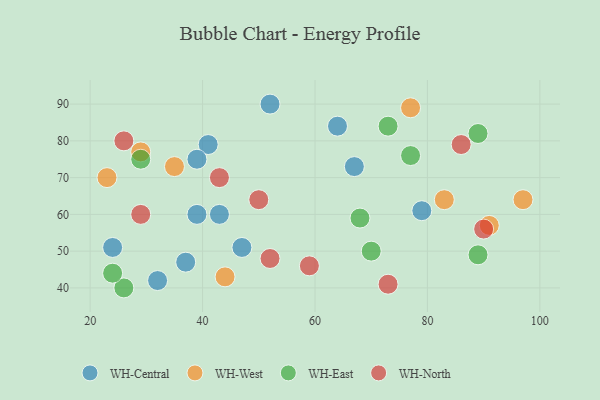
{"axis": {"x": "GDP", "y": "Life Expectancy"}, "legend": ["WH-Central", "WH-East", "WH-North", "WH-West"], "data": [{"x": "52", "y": 90, "type": "WH-Central"}, {"x": "64", "y": 84, "type": "WH-Central"}, {"x": "67", "y": 73, "type": "WH-Central"}, {"x": "47", "y": 51, "type": "WH-Central"}, {"x": "37", "y": 47, "type": "WH-Central"}, {"x": "41", "y": 79, "type": "WH-Central"}, {"x": "32", "y": 42, "type": "WH-Central"}, {"x": "24", "y": 51, "type": "WH-Central"}, {"x": "39", "y": 75, "type": "WH-Central"}, {"x": "43", "y": 60, "type": "WH-Central"}, {"x": "39", "y": 60, "type": "WH-Central"}, {"x": "79", "y": 61, "type": "WH-Central"}, {"x": "44", "y": 43, "type": "WH-West"}, {"x": "77", "y": 89, "type": "WH-West"}, {"x": "97", "y": 64, "type": "WH-West"}, {"x": "29", "y": 77, "type": "WH-West"}, {"x": "35", "y": 73, "type": "WH-West"}, {"x": "83", "y": 64, "type": "WH-West"}, {"x": "23", "y": 70, "type": "WH-West"}, {"x": "91", "y": 57, "type": "WH-West"}, {"x": "73", "y": 84, "type": "WH-East"}, {"x": "77", "y": 76, "type": "WH-East"}, {"x": "26", "y": 40, "type": "WH-East"}, {"x": "89", "y": 49, "type": "WH-East"}, {"x": "24", "y": 44, "type": "WH-East"}, {"x": "89", "y": 82, "type": "WH-East"}, {"x": "70", "y": 50, "type": "WH-East"}, {"x": "68", "y": 59, "type": "WH-East"}, {"x": "29", "y": 75, "type": "WH-East"}, {"x": "29", "y": 60, "type": "WH-North"}, {"x": "26", "y": 80, "type": "WH-North"}, {"x": "73", "y": 41, "type": "WH-North"}, {"x": "90", "y": 56, "type": "WH-North"}, {"x": "50", "y": 64, "type": "WH-North"}, {"x": "86", "y": 79, "type": "WH-North"}, {"x": "43", "y": 70, "type": "WH-North"}, {"x": "52", "y": 48, "type": "WH-North"}, {"x": "59", "y": 46, "type": "WH-North"}]}